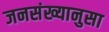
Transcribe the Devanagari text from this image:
जनसंख्यानुसा